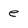
Character: e